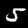
Label: 5